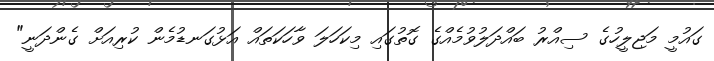
ގައުމީ މަޖިލީހުގެ ސިއްރު ބައްދަލުވުމެއްގެ ގޮތުގައި މިކަހަލަ ވާހަކަތައް އަޅުގަނޑުމެން ކުރިއަށް ގެންދަނީ"